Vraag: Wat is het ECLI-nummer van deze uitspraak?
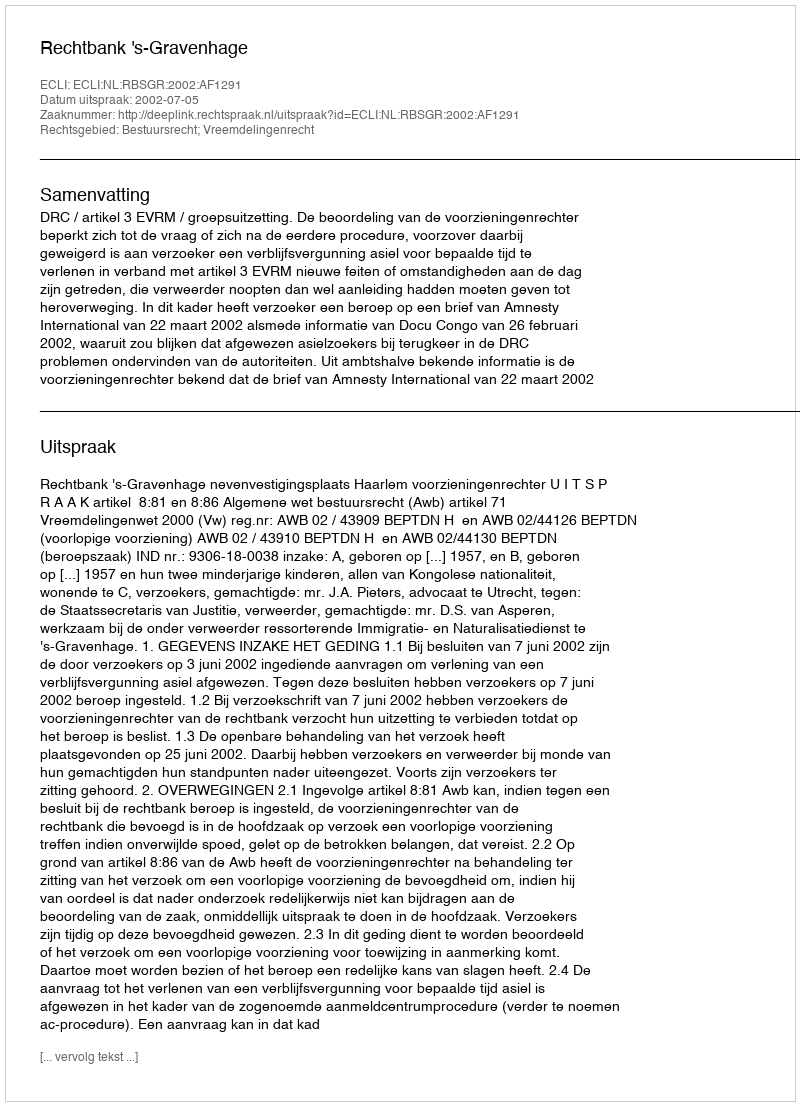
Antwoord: ECLI:NL:RBSGR:2002:AF1291